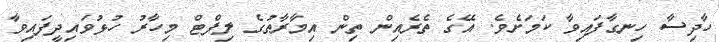
ހާދިސާ ހިނގާފައިވާ ކަމަށެވެ. އޭގެ ތެރެއިން ތިން އިމާރާތުގެ ލިފްޓް މިހާރު ހުޅުވައިދީފައިވާ